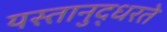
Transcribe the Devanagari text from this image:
यस्तानुद्धरते